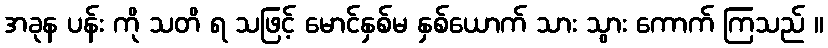
အခုန ပန်း ကို သတိ ရ သဖြင့် မောင်နှစ်မ နှစ်ယောက် သား သွား ကောက် ကြသည် ။